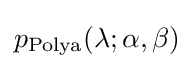
p_{\text{Polya}}(\lambda ;\alpha ,\beta )